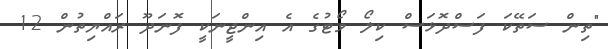
"ތިން ސަތޭކަ ފަސްދޮޅަސް ކިލޯ ވޯޓުގެ އެ އިންޖީނަކީ ފޮނަދޫ ރައްޔިތުން 12